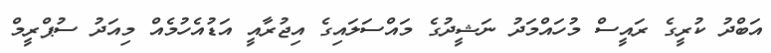
އަބްދު ކުރީގެ ރައީސް މުހައްމަދު ނަޝީދުގެ މައްސަލައިގެ އިޖުރާއީ އަޑުއެހުމެއް މިއަދު ސުޕްރީމް